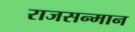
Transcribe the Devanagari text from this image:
राजसन्मान